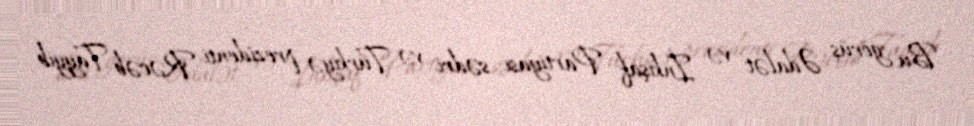
Bu görüş Ədalət və İnkişaf Partiyası sədri və Türkiyə prezidenti Rəcəb Tayyib